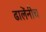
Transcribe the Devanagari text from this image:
ढालेंनीच